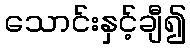
သောင်းနှင့်ချီ၍